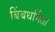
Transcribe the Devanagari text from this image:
बिंबधर्मिता